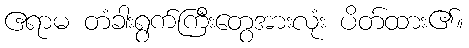
ဧရာမ တံခါးရွက်ကြီးတွေအားလုံး ပိတ်ထား၏။